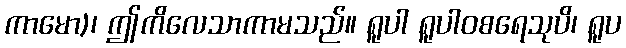
ကာမော)၊ ဤကိလေသာကာမသည်။ ရူပါ ရူပါဝစရေသုပိ၊ ရူပ